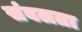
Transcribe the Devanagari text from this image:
संबलता